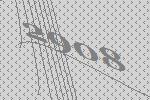
2908